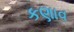
કણાવ